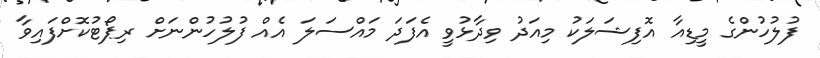
ފުލުހުންގެ މީޑިއާ އޮފިޝަލަކު މިއަދު ވިދާޅުވީ އެފަދަ މައްސަލަ އެއް ފުލުހުންނަށް ރިޕޯޓުކޮށްފައިވާ